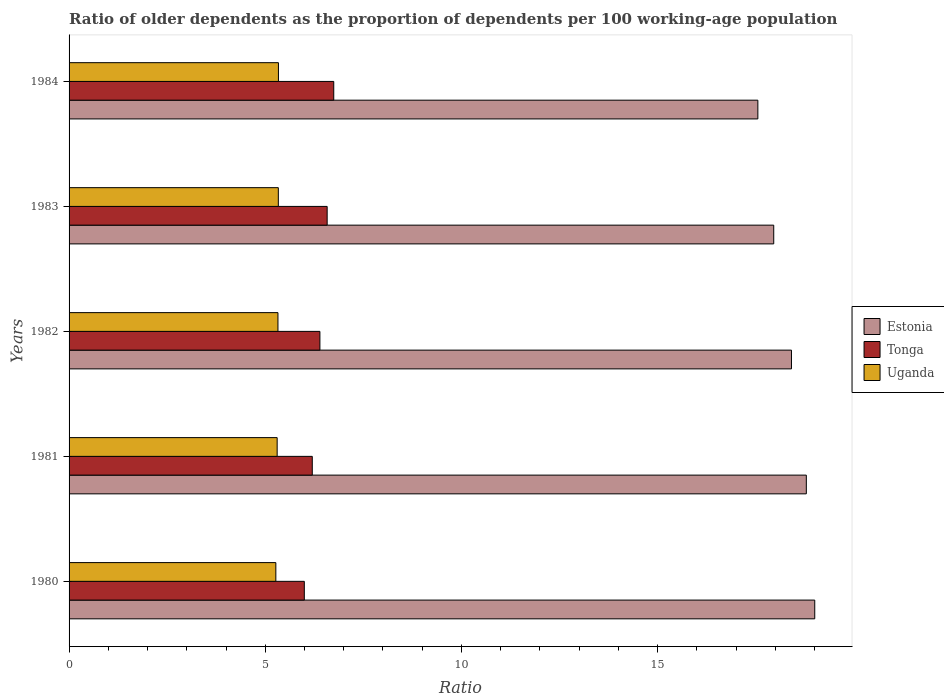
| Years | Estonia | Tonga | Uganda |
 | --- | --- | --- | --- |
 | 1980 | 19 | 6 | 5.27 |
 | 1981 | 18.8 | 6.2 | 5.3 |
 | 1982 | 18.4 | 6.39 | 5.32 |
 | 1983 | 18 | 6.58 | 5.33 |
 | 1984 | 17.6 | 6.75 | 5.34 |